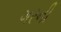
ગરની